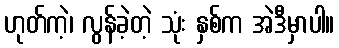
ဟုတ်ကဲ့၊ လွန်ခဲ့တဲ့ သုံး နှစ်က အဲဒီမှာပါ။